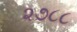
૨૭૮૮